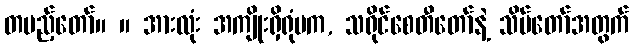
တပည့်တော်။ ။ အားလုံး အကျိုးရှိရုံမက, သရိုင်စေတီတော်နဲ့ သိမ်တော်အတွက်